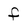
Character: f